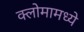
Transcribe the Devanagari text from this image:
क्लोमामध्ये